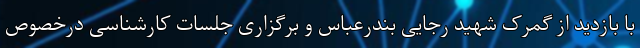
با بازدید از گمرک شهید رجایی بندرعباس و برگزاری جلسات کارشناسی درخصوص